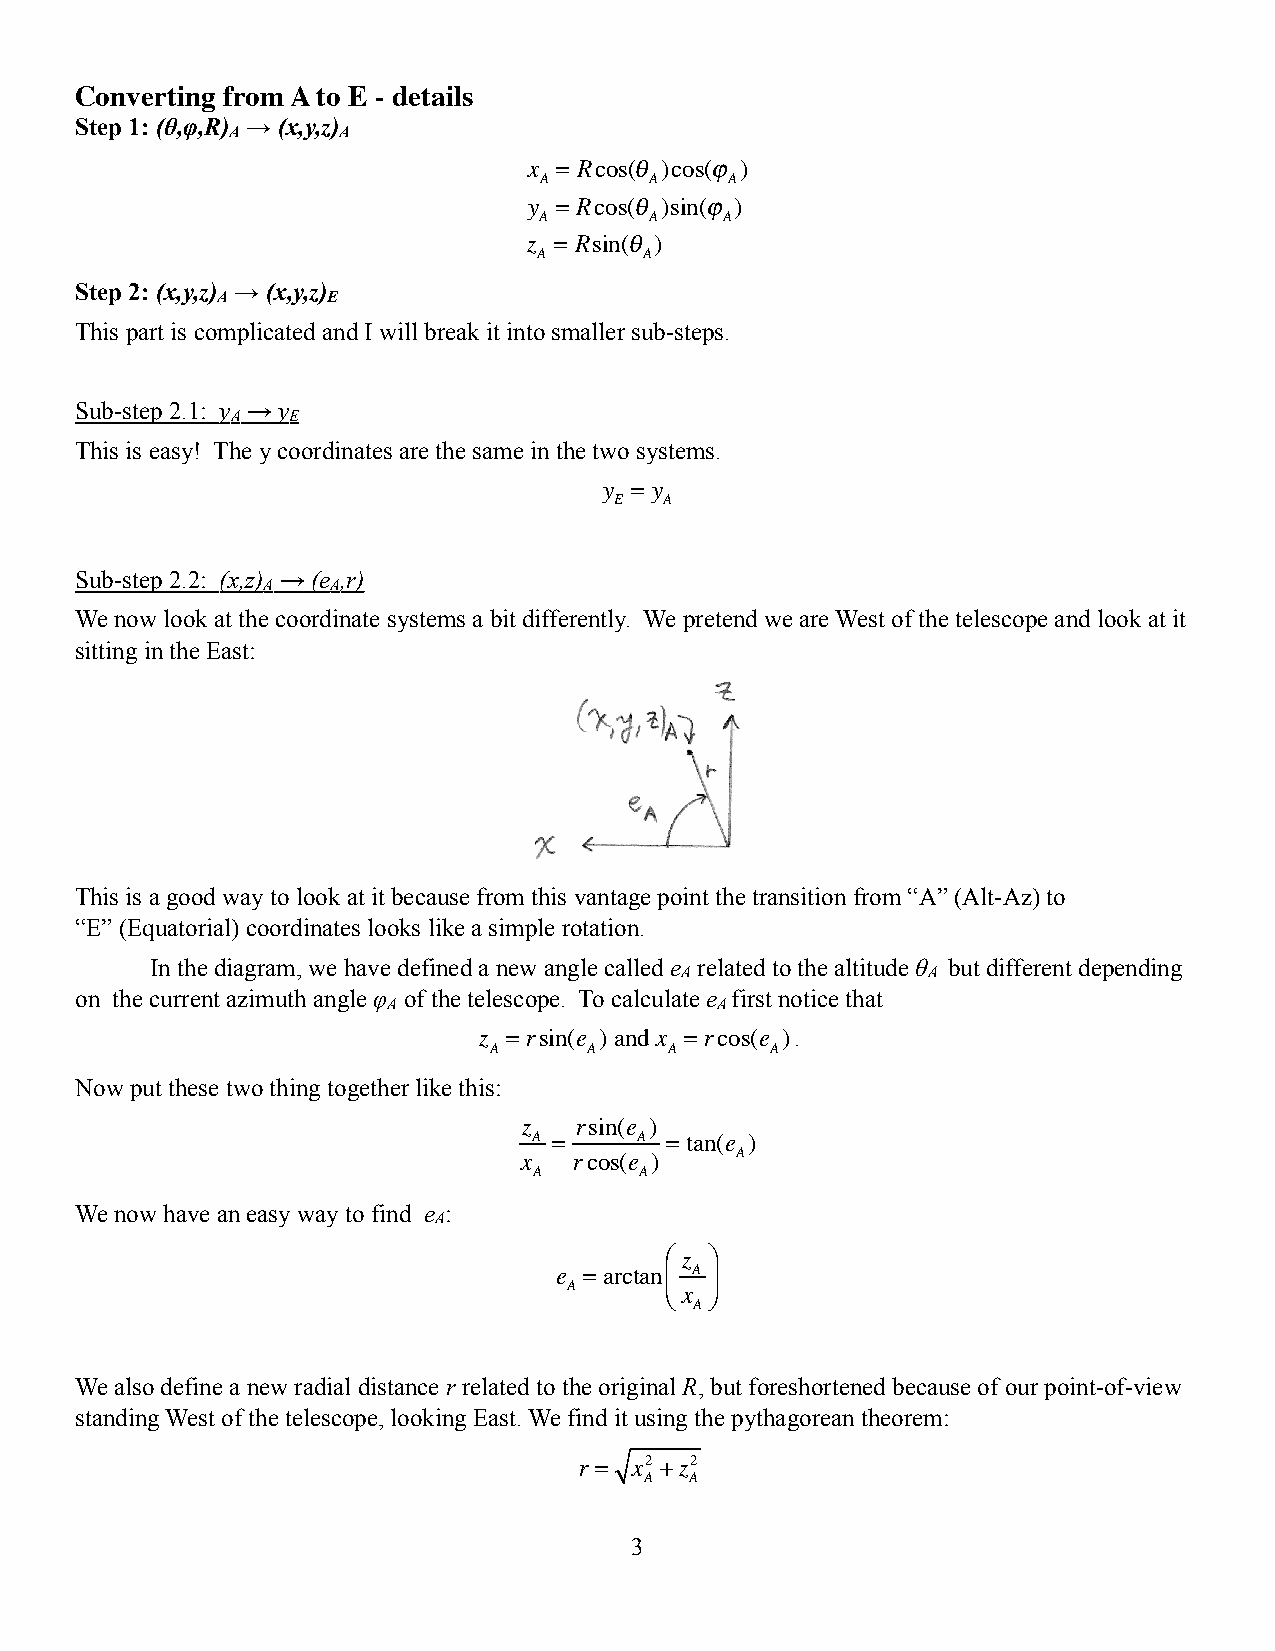
Converting from A to E - details
 Step 1: (θ,φ,R) → (x,y,z)
 A      A
 x = Rcos(θ )cos(ϕ )
 A      A    A
 y = Rcos(θ )sin(ϕ )
 A      A    A
 z = Rsin(θ )
 A      A
 Step 2: (x,y,z) → (x,y,z)
 A       E
 This part is complicated and I will break it into smaller sub-steps.
 Sub-step 2.1: y → y
 A   E
 This is easy! The y coordinates are the same in the two systems.
 y = y
 E  A
 Sub-step 2.2: (x,z) → (e ,r)
 A    A
 We now look at the coordinate systems a bit differently. We pretend we are West of the telescope and look at it
 sitting in the East:
 This is a good way to look at it because from this vantage point the transition from “A” (Alt-Az) to
 “E” (Equatorial) coordinates looks like a simple rotation.
 In the diagram, we have defined a new angle called e related to the altitude θ but different depending
 A               A
 on the current azimuth angle φ of the telescope. To calculate e first notice that
 A                    A
 z =rsin(e ) and x =rcos(e ).
 A      A    A      A
 Now put these two thing together like this:
 z  rsin(e )
 A =    A = tan(e )
 x  rcos(e )   A
 A      A
 We now have an easy way to find e :
 A
 ⎛ z ⎞
 e =arctan A
 A     ⎝⎜ x ⎠⎟
 A
 We also define a new radial distance r related to the original R, but foreshortened because of our point-of-view
 standing West of the telescope, looking East. We find it using the pythagorean theorem:
 r = x2 +z2
 A  A
 3